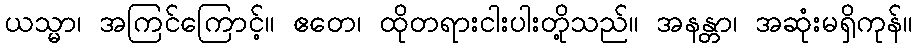
ယသ္မာ၊ အကြင်ကြောင့်။ ဧတေ၊ ထိုတရားငါးပါးတို့သည်။ အနန္တာ၊ အဆုံးမရှိကုန်။